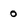
Character: 0